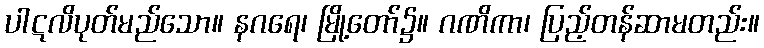
ပါဋလိပုတ်မည်သော။ နဂရေ၊ မြို့တော်၌။ ဂဏိကာ၊ ပြည့်တန်ဆာမတည်း။